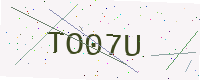
Text: TO07U